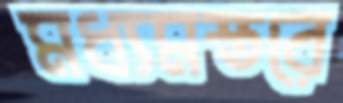
মধ্যমস্তরে